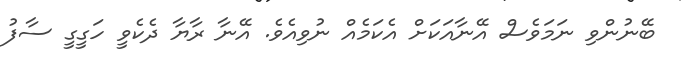
ބޭނުންވި ނަމަވެސް އޭނާއަކަށް އެކަމެއް ނުވިއެވެ. އޭނާ ރާޔާ ދެކެވީ ހަގީގީ ސާފު